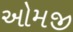
ઓમજી